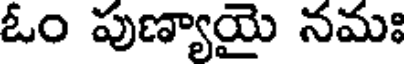
ఓం పుణ్యాయై నమః